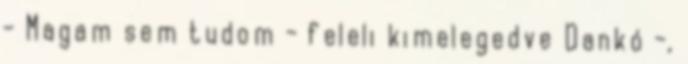
- Magam sem tudom - feleli kimelegedve Dankó -,